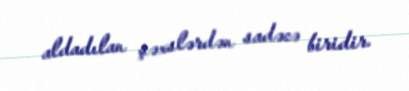
aldadılan şəxslərdən sadəcə biridir.